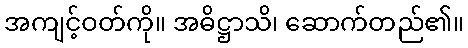
အကျင့်ဝတ်ကို။ အဓိဋ္ဌာသိ၊ ဆောက်တည်၏။